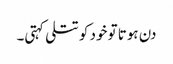
دن ہوتا تو خود کو تتلی کہتی۔